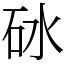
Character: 砅